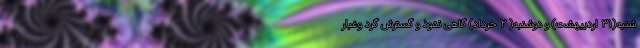
شنبه(۳۱ اردیبهشت) و دوشنبه( ۲ خرداد) گاهی نفوذ و گسترش گرد وغبار